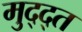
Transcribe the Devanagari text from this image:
मुद्द्त